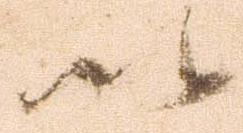
以